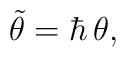
{\tilde \theta} = \hbar\, \theta,